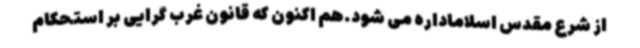
از شرع مقدس اسلاماداره می شود.هم اکنون که قانون غرب گرایی بر استحکام